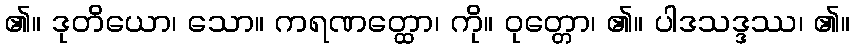
၏။ ဒုတိယော၊ သော။ ကရဏတ္ထော၊ ကို။ ဝုတ္တော၊ ၏။ ပါဒသဒ္ဒဿ၊ ၏။